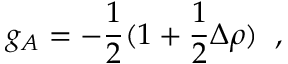
g _ { A } = - \frac { 1 } { 2 } ( 1 + \frac { 1 } { 2 } \Delta \rho ) \; \; ,